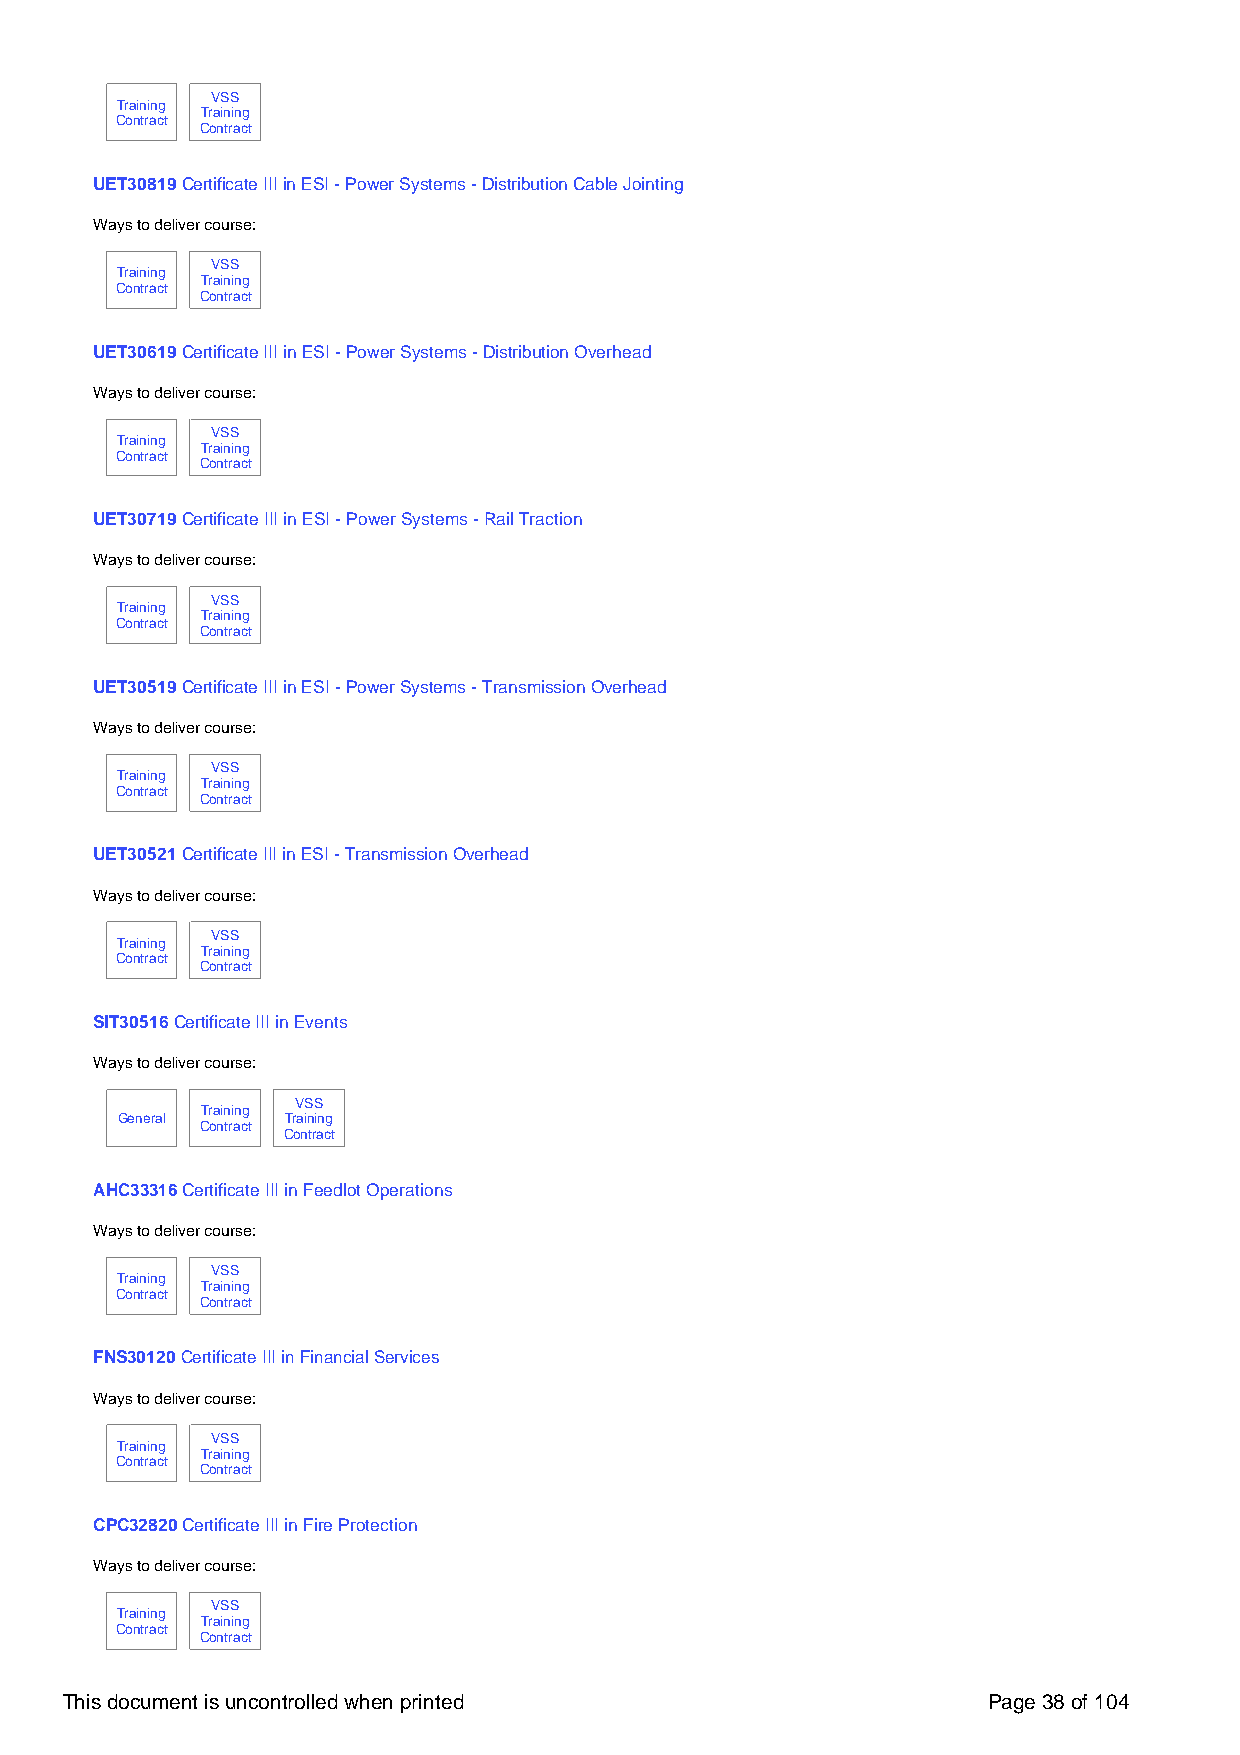
VSS
 Training
 Training
 Contract
 Contract
 UET30819 Certificate III in ESI - Power Systems - Distribution Cable Jointing
 Ways to deliver course:
 VSS
 Training
 Training
 Contract
 Contract
 UET30619 Certificate III in ESI - Power Systems - Distribution Overhead
 Ways to deliver course:
 VSS
 Training
 Training
 Contract
 Contract
 UET30719 Certificate III in ESI - Power Systems - Rail Traction
 Ways to deliver course:
 VSS
 Training
 Training
 Contract
 Contract
 UET30519 Certificate III in ESI - Power Systems - Transmission Overhead
 Ways to deliver course:
 VSS
 Training
 Training
 Contract
 Contract
 UET30521 Certificate III in ESI - Transmission Overhead
 Ways to deliver course:
 VSS
 Training
 Training
 Contract
 Contract
 SIT30516 Certificate III in Events
 Ways to deliver course:
 VSS
 Training
 General    Training
 Contract
 Contract
 AHC33316 Certificate III in Feedlot Operations
 Ways to deliver course:
 VSS
 Training
 Training
 Contract
 Contract
 FNS30120 Certificate III in Financial Services
 Ways to deliver course:
 VSS
 Training
 Training
 Contract
 Contract
 CPC32820 Certificate III in Fire Protection
 Ways to deliver course:
 VSS
 Training
 Training
 Contract
 Contract
 This document is uncontrolled when printed                   Page 38 of 104